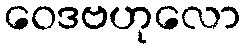
ဝေဒဗဟုလော